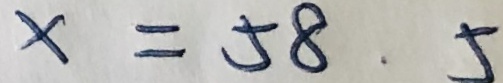
x = 5 8 . 5